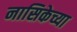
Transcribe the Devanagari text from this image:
नासिकेच्या